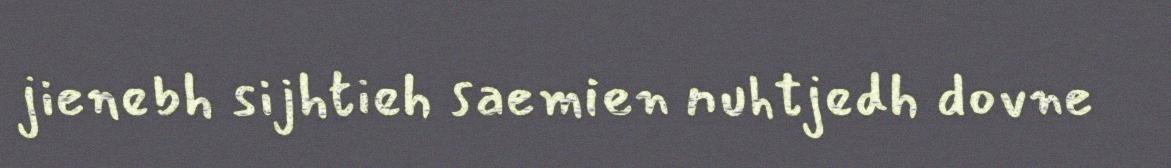
jienebh sijhtieh saemien nuhtjedh dovne